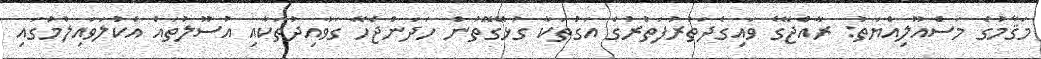
މަޤާމުގެ މަސްއޫލިއްޔަތު: ރާއްޖޭގެ ވައިގެދަތުރުފަތުރުގެ އަގުތަކާ ގުޅޭގޮތުން ހަދަންޖެހޭ ގަވާއިދުތަކާއި އުސޫލުތައް އެކުލަވައިލުމުގައި